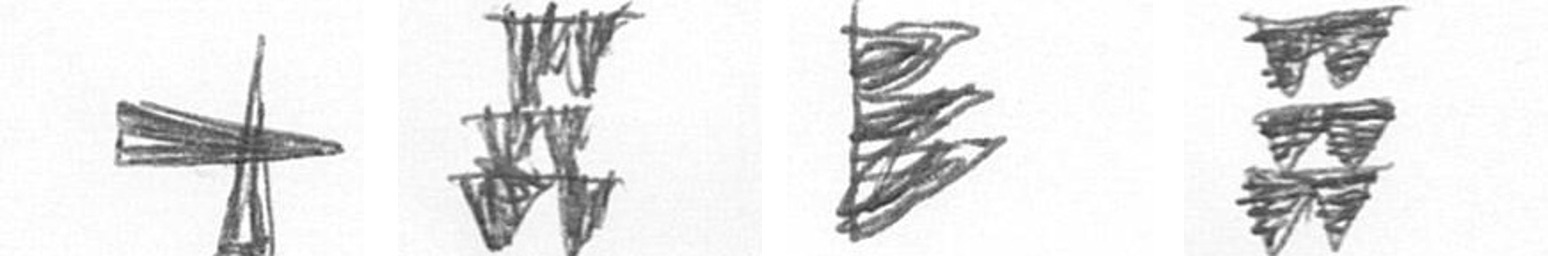
G Y H Y